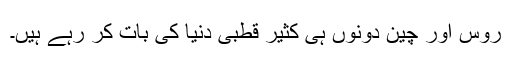
روس اور چین دونوں ہی کثیر قطبی دنیا کی بات کر رہے ہیں۔